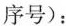
序号)：